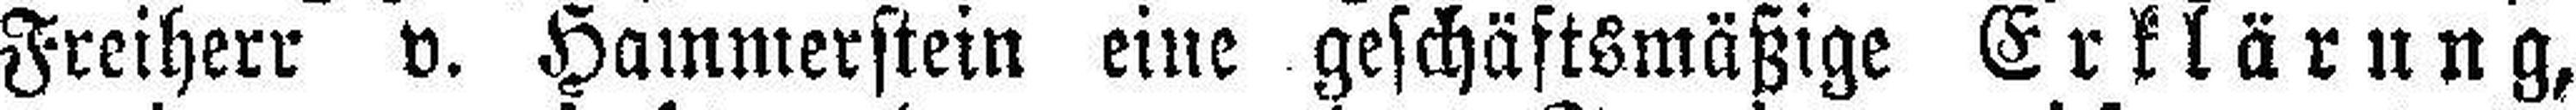
Freiherr v. Hammerstein eine geschäftsmäßige Erklärung,